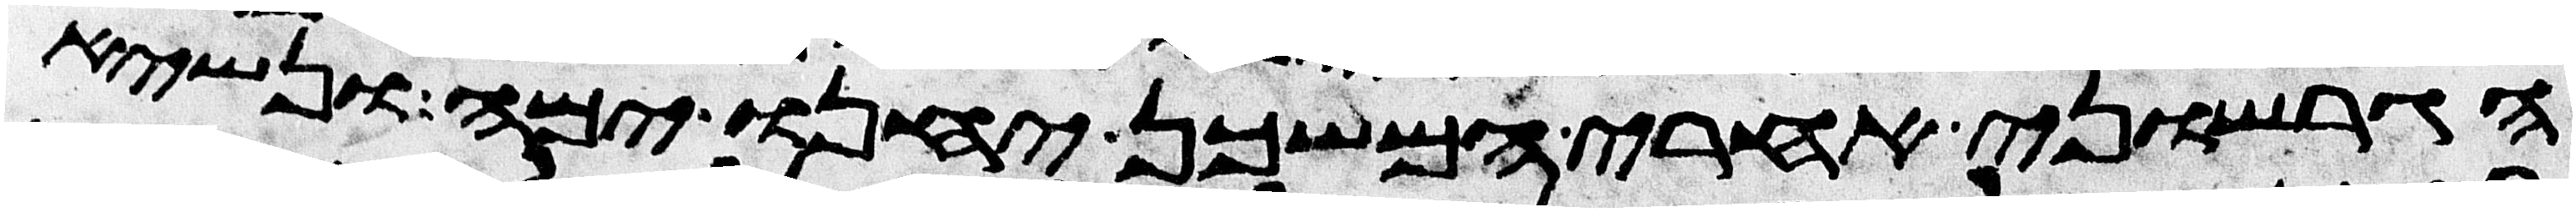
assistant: הגרשוני אחרי המשכן יחנו ימה ונשיא